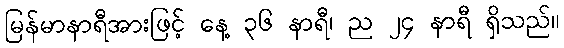
မြန်မာနာရီအားဖြင့် နေ့ ၃၆ နာရီ၊ ည ၂၄ နာရီ ရှိသည်။